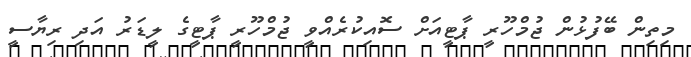
މިތިން ބޭފުޅުން ޖުމްހޫރީ ޕާޓީއަށް ސޮއިކުރެއްވީ ޖުމްހޫރީ ޕާޓީގެ ލީޑަރު އަދި ރިޔާސީ